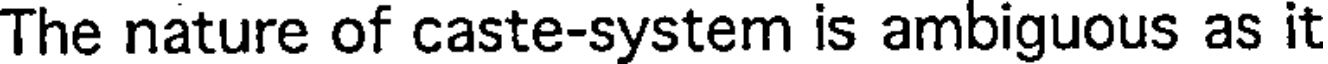
The nature of caste-system is ambiguous as it